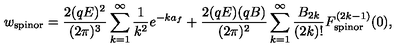
w _ { \mathrm { s p i n o r } } = \frac { 2 ( q E ) ^ { 2 } } { ( 2 \pi ) ^ { 3 } } \sum _ { k = 1 } ^ { \infty } \frac { 1 } { k ^ { 2 } } e ^ { - k a _ { f } } + \frac { 2 ( q E ) ( q B ) } { ( 2 \pi ) ^ { 2 } } \sum _ { k = 1 } ^ { \infty } \frac { B _ { 2 k } } { ( 2 k ) ! } F _ { \mathrm { s p i n o r } } ^ { ( 2 k - 1 ) } ( 0 ) ,